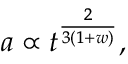
a \propto t ^ { \frac { 2 } { 3 ( 1 + w ) } } ,